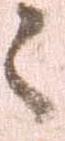
々